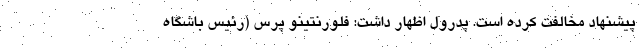
پیشنهاد مخالفت کرده است. پدرول اظهار داشت: فلورنتینو پرس (رئیس باشگاه